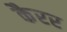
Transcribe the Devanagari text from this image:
कैरर